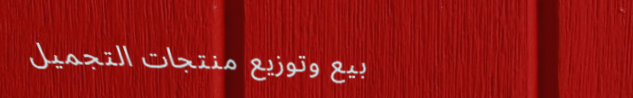
بيع وتوزيع منتجات التجميل